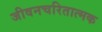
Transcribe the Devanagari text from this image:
जीवनचरितात्मक